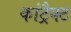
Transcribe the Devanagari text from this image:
कांट्रैक्ट